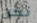
نحن